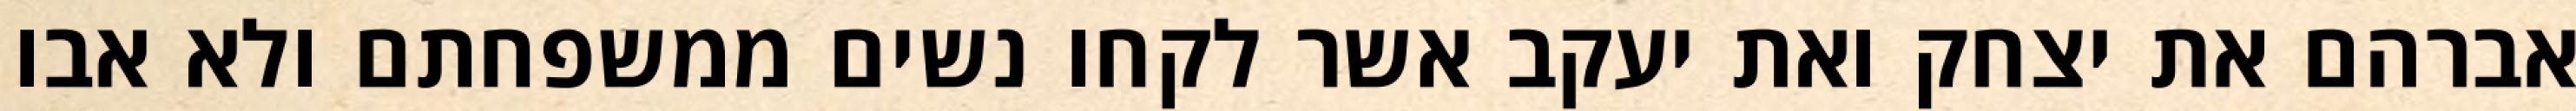
אברהם את יצחק ואת יעקב אשר לקחו נשים ממשפחתם ולא אבו